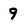
Character: 9